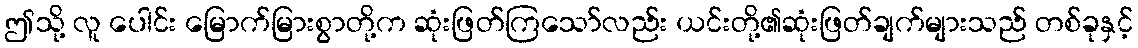
ဤသို့ လူ ပေါင်း မြောက်မြားစွာတို့က ဆုံးဖြတ်ကြသော်လည်း ယင်းတို့၏ဆုံးဖြတ်ချက်များသည် တစ်ခုနှင့်